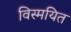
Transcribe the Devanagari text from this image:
विस्मयित